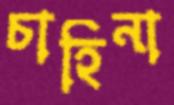
চাহিনা